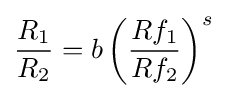
{\frac {R_{1}}{R_{2}}}=b\left({\frac {Rf_{1}}{Rf_{2}}}\right)^{s}